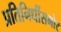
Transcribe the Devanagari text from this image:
प्रतिनिधींसमोर